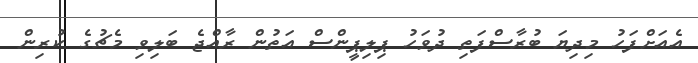
އެއަށްފަހު މިދިޔަ ބުރާސްފަތި ދުވަހު ޕިލިޕީންސް އަތުން ރާއްޖެ ބަލިވި މެޗުގެ ކުރިން